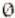
0